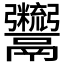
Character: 𩱯